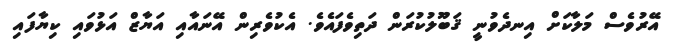
އޭރުވެސް މަލާކަށް އިނދެވުނީ ޤަބޫލުކުރަން ދަތިވެފައެވެ. އެކުވެރިން އޭނައާއި އަޔާޒް އަޅުވައި ކިޔާފައި